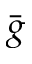
\bar { g }